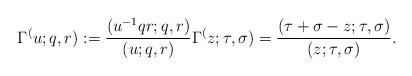
LaTeX: \begin{align*}\Gamma^(u; q, r) := \frac{(u^{-1} qr; q, r)}{(u; q, r)} \Gamma^(z; \tau, \sigma) = \frac{(\tau + \sigma - z; \tau, \sigma)}{(z; \tau, \sigma)}.\end{align*}